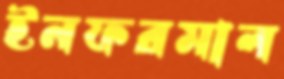
ইনফরমাল